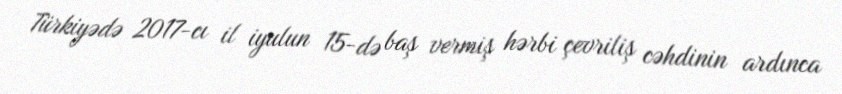
Türkiyədə 2017-cı il iyulun 15-də baş vermiş hərbi çevriliş cəhdinin ardınca